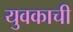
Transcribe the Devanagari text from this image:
युवकाची